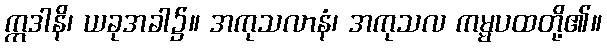
ဣဒါနိ၊ ယခုအခါ၌။ အကုသလာနံ၊ အကုသလ ကမ္မပထတို့၏။